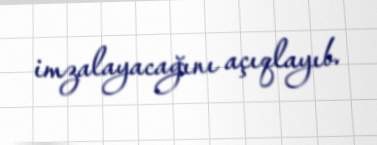
imzalayacağını açıqlayıb.